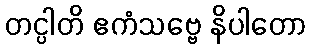
တင္ပါတိ ဧကံသဗ္ဗေ နိပါတော